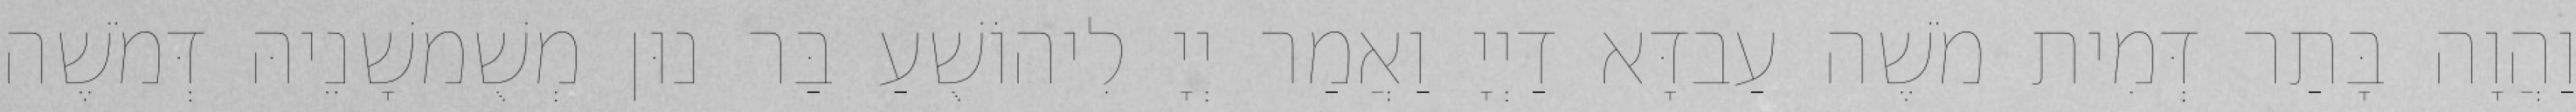
וַהֲוָה בָּתַר דְּמִית מֹשֶׁה עַבדָּא דַיְיָ וַאֲמַר יְיָ לִיהוֹשֻׁעַ בַּר נוּן מְשֻׁמשָׁנֵיהּ דְּמֹשֶׁה